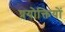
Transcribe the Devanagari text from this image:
प्रयोक्तियों